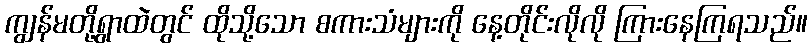
ကျွန်မတို့ရွာထဲတွင် ထိုသို့သော စကားသံများကို နေ့တိုင်းလိုလို ကြားနေကြရသည်။